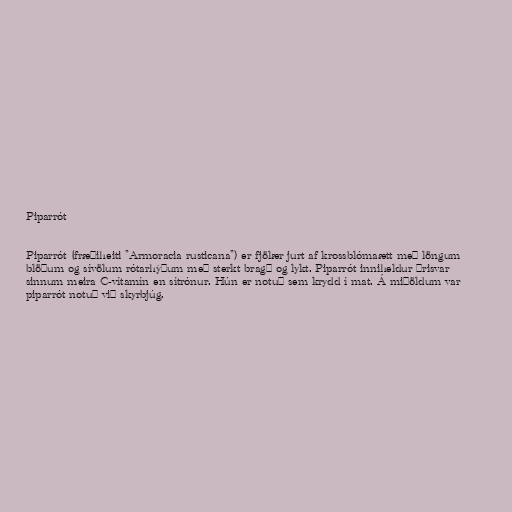
Piparrót

Piparrót (fræðiheiti "Armoracia rusticana") er fjölær jurt af krossblómaætt með löngum
blöðum og sívölum rótarhýðum með sterkt bragð og lykt. Piparrót inniheldur þrisvar
sinnum meira C-vítamín en sítrónur. Hún er notuð sem krydd í mat. Á miðöldum var
piparrót notuð við skyrbjúg.